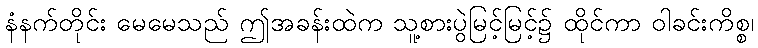
နံနက်တိုင်း မေမေသည် ဤအခန်းထဲက သူ့စားပွဲမြင့်မြင့်၌ ထိုင်ကာ ဝါခင်းကိစ္စ၊